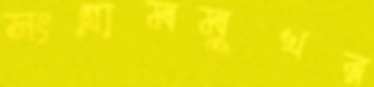
সংগ্রামমুখর